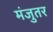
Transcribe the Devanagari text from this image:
मंजुतर